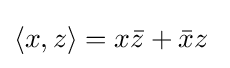
\langle x,z\rangle =x{\bar {z}}+{\bar {x}}z\;